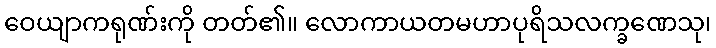
ဝေယျာကရုဏ်းကို တတ်၏။ လောကာယတမဟာပုရိသလက္ခဏေသု၊